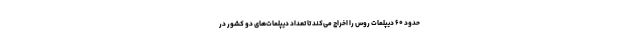
حدود ۶۰ دیپلمات روس را اخراج می‌کند تا تعداد دیپلمات‌های دو کشور در